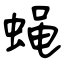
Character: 蝇